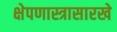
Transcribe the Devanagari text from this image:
क्षेपणास्त्रासारखे